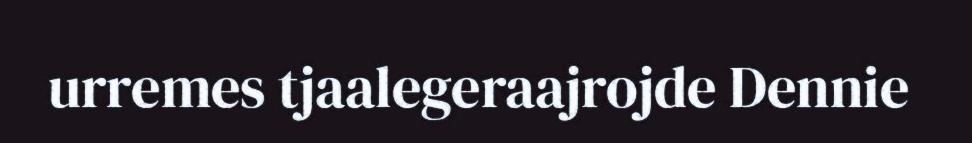
urremes tjaalegeraajrojde Dennie